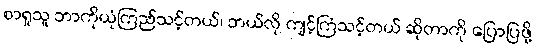
စာရှုသူ ဘာကိုယုံကြည်သင့်တယ်၊ ဘယ်လို ကျင့်ကြံသင့်တယ် ဆိုတာကို ပြောပြဖို့